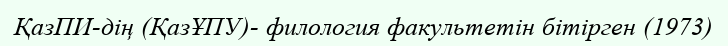
ҚазПИ-дің (ҚазҰПУ)- филология факультетін бітірген (1973)